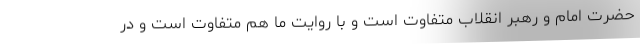
حضرت امام و رهبر انقلاب متفاوت است و با روایت ما هم متفاوت است و در